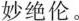
妙绝伦。